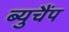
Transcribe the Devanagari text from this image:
ब्युचैंप